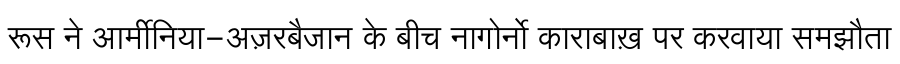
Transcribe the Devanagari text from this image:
रूस ने आर्मीनिया-अज़रबैजान के बीच नागोर्नो काराबाख़ पर करवाया समझौता